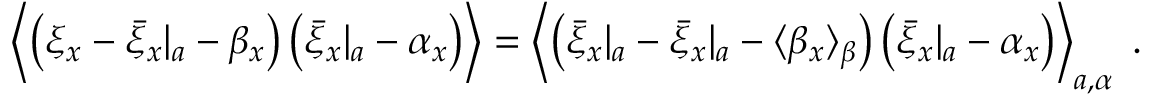
\begin{array} { r } { \left\langle \left( \xi _ { x } - { \bar { \xi } _ { x } } | _ { a } - \beta _ { x } \right) \left( { \bar { \xi } _ { x } } | _ { a } - \alpha _ { x } \right) \right\rangle = \left\langle \left( { \bar { \xi } _ { x } } | _ { a } - { \bar { \xi } _ { x } } | _ { a } - \langle \beta _ { x } \rangle _ { \beta } \right) \left( { \bar { \xi } _ { x } } | _ { a } - \alpha _ { x } \right) \right\rangle _ { a , \alpha } \; . } \end{array}